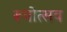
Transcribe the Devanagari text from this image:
रूपोत्सव